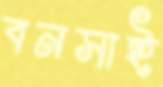
বনসাই